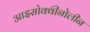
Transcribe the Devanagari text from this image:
आइसोक्वीनोलीन